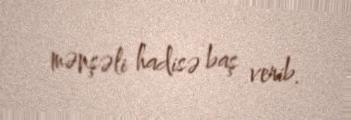
mənşəli hadisə baş verib.